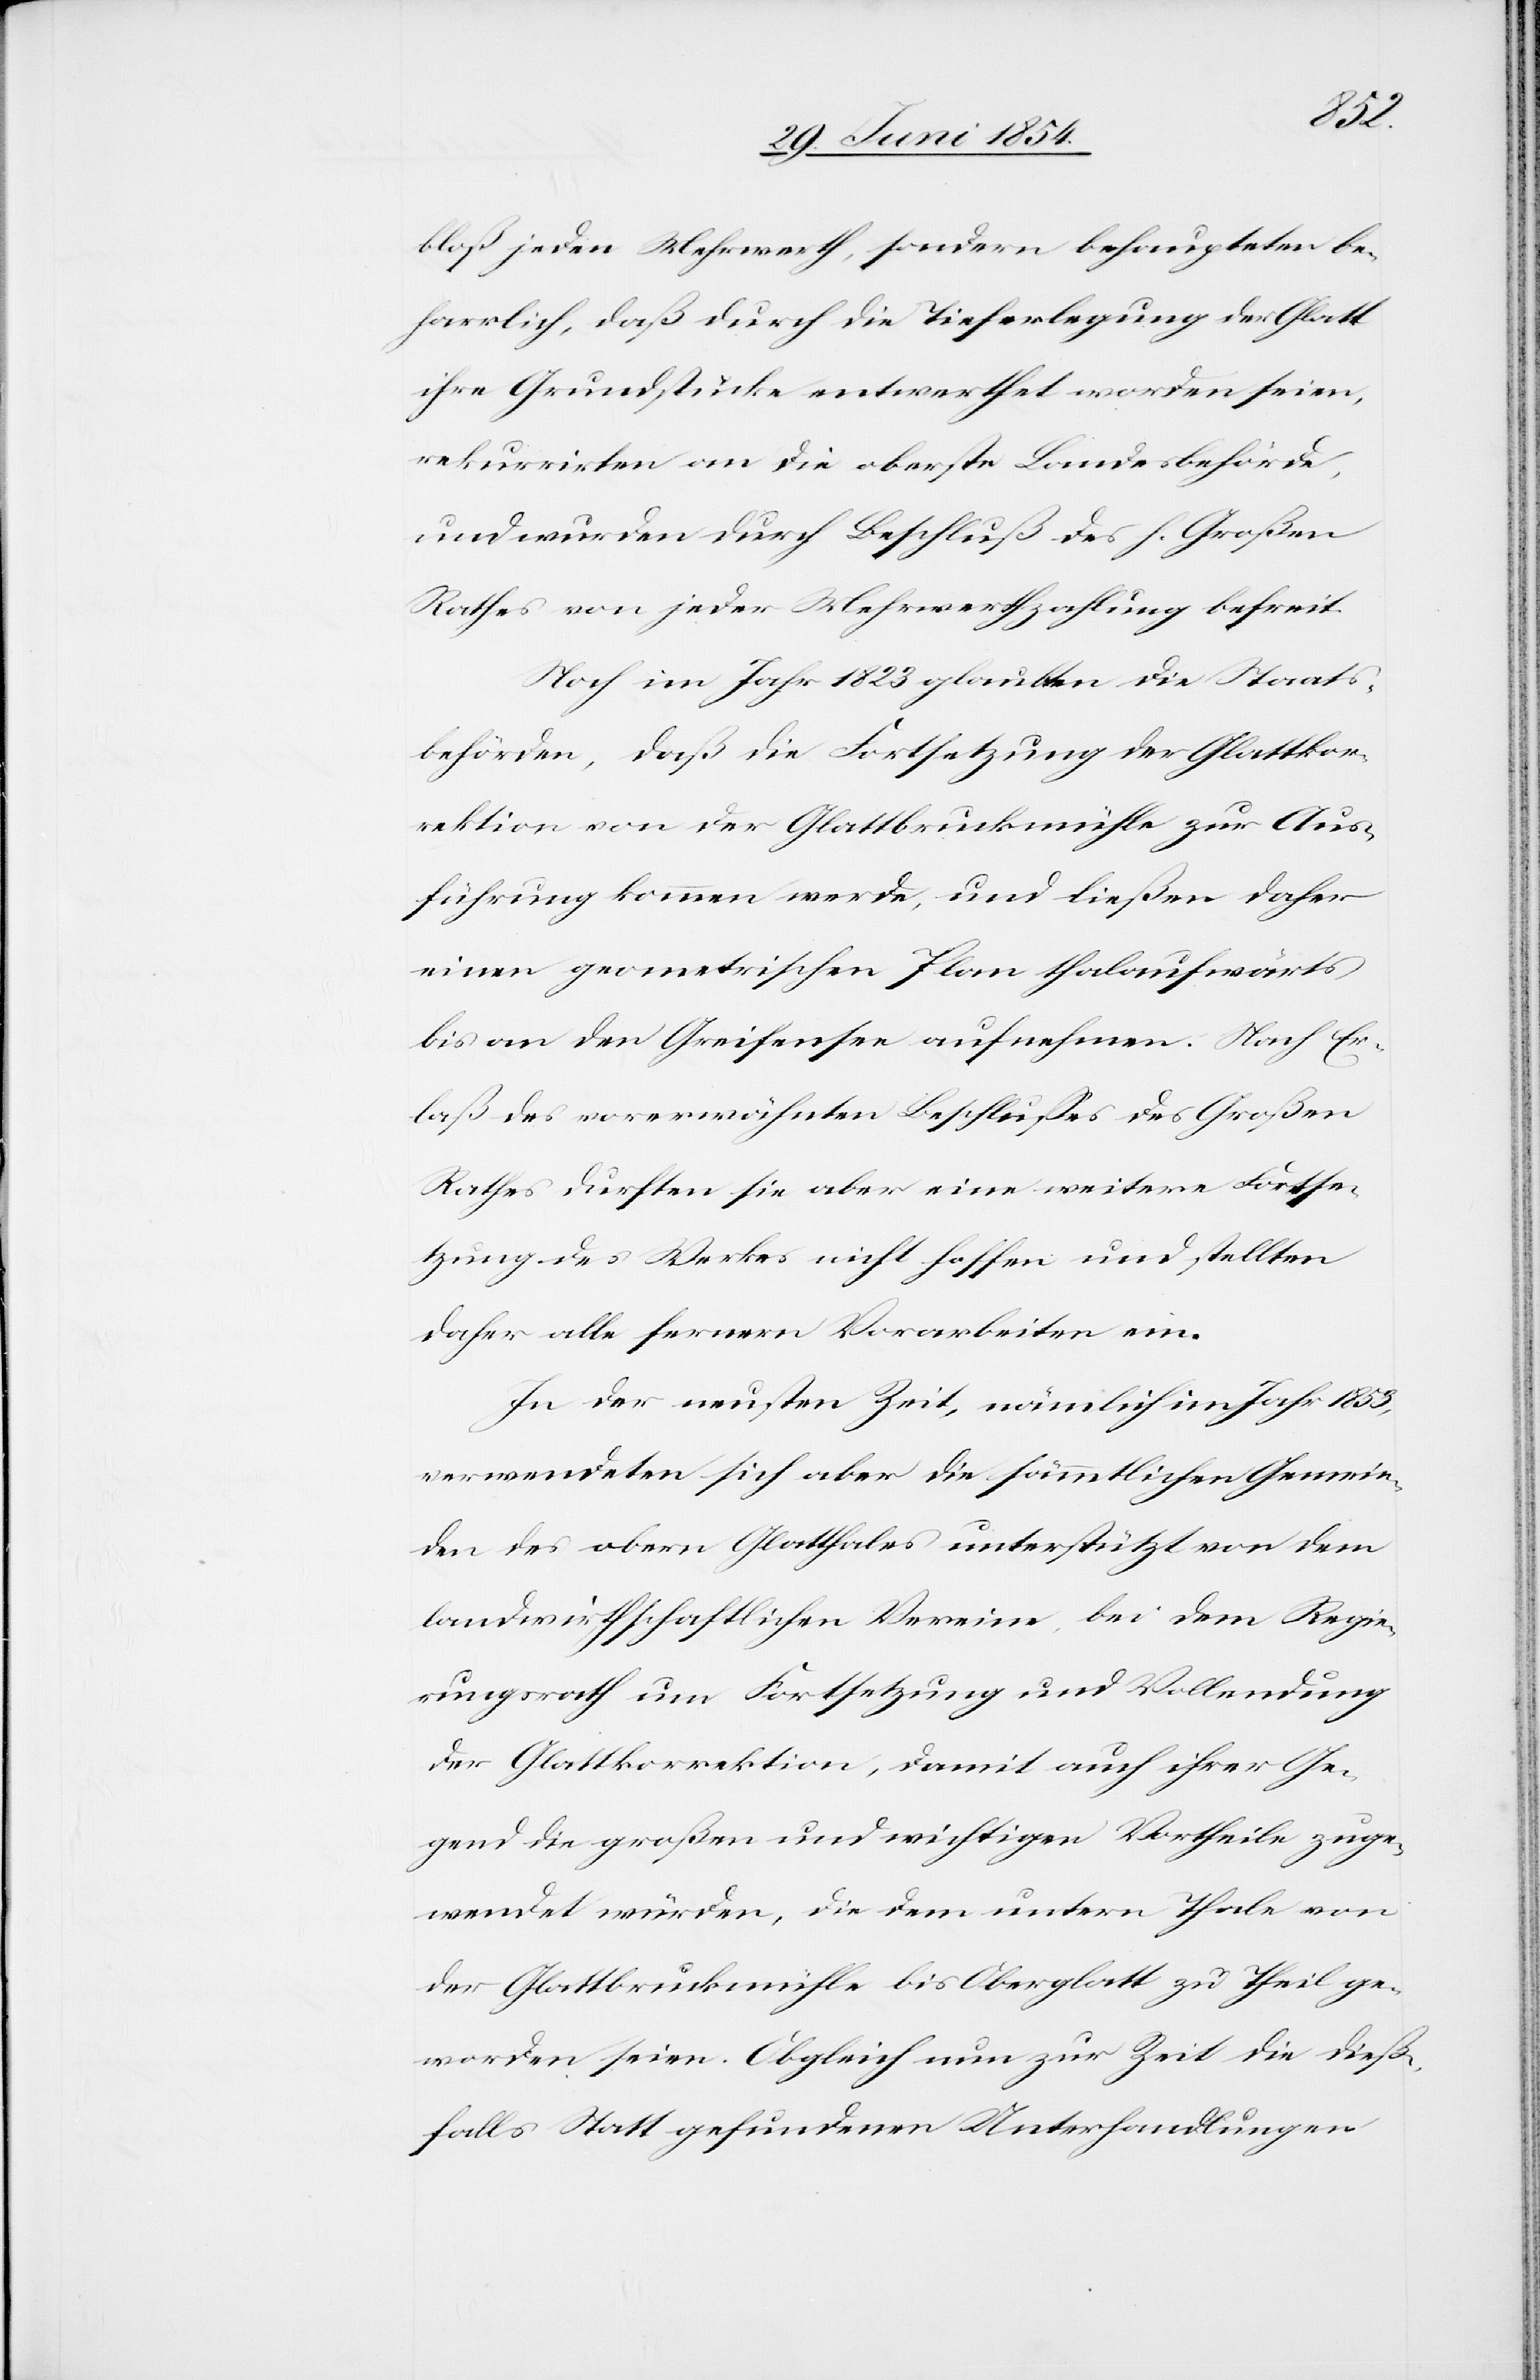
bloß jeden Mehrwerth, sondern behaupteten be¬
harrlich, daß durch die Tieferlegung der Glatt
ihre Grundstücke entwerthet worden seien,
rekurrirten an die obersten Landesbehörde,
und wurden durch Beschluß des h. Großen
Rathes von jeder Mehrwerthzahlung befreit.
Noch im Jahr 1823 glaubten die Staats¬
behörden, daß die Fortsetzung der Glattkor¬
rektion von der Glattbruckmühle zur Aus¬
führung kommen werde, und ließen daher
einen prometrischen Plan thalaufwärts
bis an den Greifensee aufnehmen. Nach Er¬
laß des vorerwähnten Beschlußes des Großen
Rathes durften sie aber eine weitere Fortse¬
tzung des Werkes nicht hoffen und stellten
daher alle fernern Vorarbeiten ein.
In der neusten Zeit, nämlich im Jahr 1853,
verwendeten sich aber die sämmtlichen Gemein¬
den des obern Glatthales unterstützt von dem
landwirthschaftlichen Vereine, bei dem Regie¬
rungsrath um Fortsetzung und Vollendung
der Glattkorrektion, damit auch ihrer Ge¬
meinde die großen und wichtigen Vortheile zuge¬
wendet würden, die dem untern Thale von
der Glattbruckmühle bis Oberglatt zu Theil ge¬
worden seien. Obgleich nun zur Zeit die dieß¬
falls Statt gefundenen Unterhandlungen